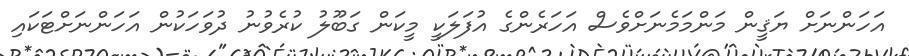
އަހަންނަށް ޔަޤީން މަންމަމެނަށްވެސް އަހަރެންގެ އުފަލަކީ މީކަން ގަބޫލު ކުރެވުނު ދުވަހަކުން އަހަންނަށްޓަކައި